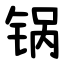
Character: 锅